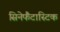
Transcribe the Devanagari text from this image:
सिनेफैंटास्टिक